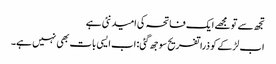
تجھ سے تو مجھے ایک فاتحہ کی امید نئی ہے
اب لڑکے کو ذرا تفریح سوجھ گئی: اب ایسی بات بھی نہیں ہے۔